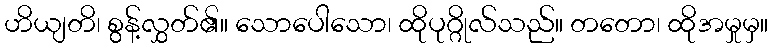
ဟိယျတိ၊ စွန့်လွှတ်၏။ သောပေါသော၊ ထိုပုဂ္ဂိုလ်သည်။ တတော၊ ထိုအမှုမှ။